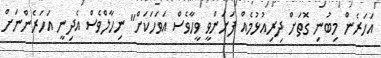
އަހަރެން މިބުނި ގޮތަށް ދިރިއުޅުމެއް ފަށަންވީ ވީހާވެސް އަވަހަކަށް" ނިހާލްވެސް އެދިނީ އަހަރެންނަށް